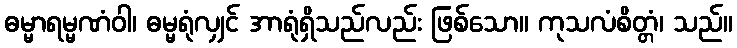
ဓမ္မာရမ္မဏံဝါ၊ ဓမ္မရုံလျှင် အာရုံရှိသည်လည်း ဖြစ်သော။ ကုသလံစိတ္တံ၊ သည်။